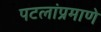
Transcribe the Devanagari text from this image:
पटलांप्रमाणे